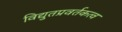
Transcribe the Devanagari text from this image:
विद्युतप्रवर्तकत्व